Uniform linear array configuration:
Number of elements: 16
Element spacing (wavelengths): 0.25
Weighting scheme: uniform
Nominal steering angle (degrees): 30
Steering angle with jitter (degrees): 31.023
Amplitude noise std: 0.05
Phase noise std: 0.05

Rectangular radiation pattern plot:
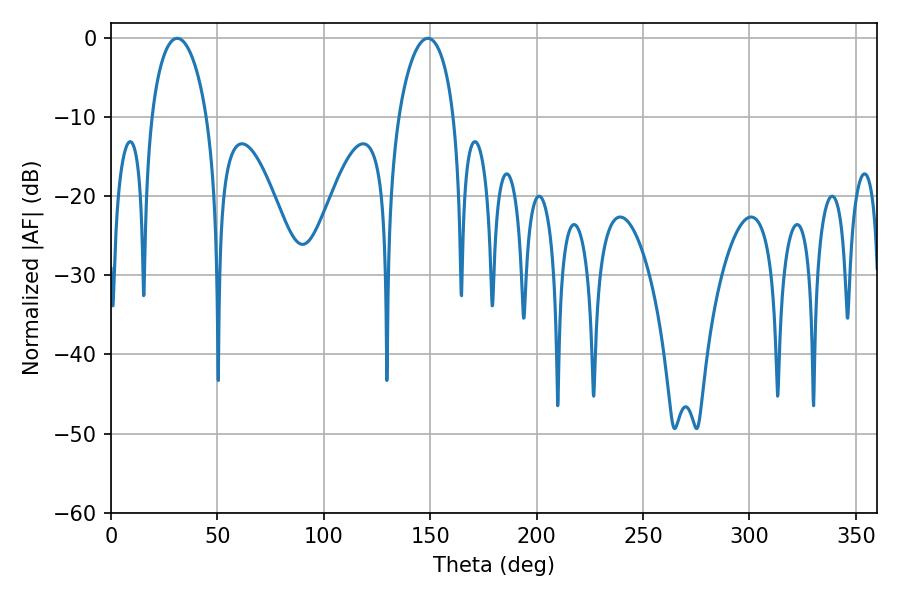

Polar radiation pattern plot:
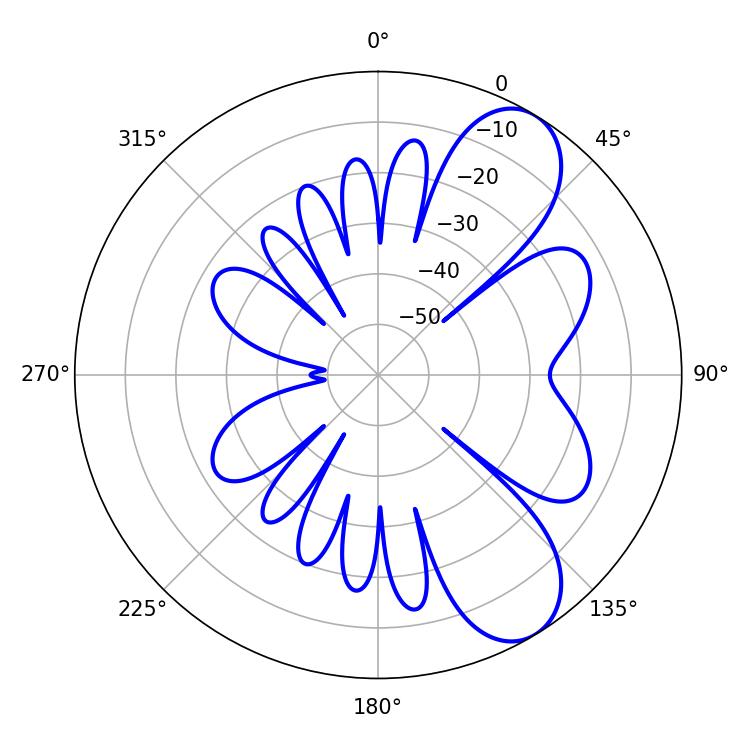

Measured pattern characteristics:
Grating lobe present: FALSE
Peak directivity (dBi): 8.192
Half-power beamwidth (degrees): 14.94
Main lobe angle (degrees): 31.14